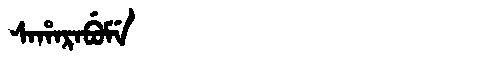
Manchu: ᠰᠠᡥᠠᡵᠠᠪᡠᠮᡝ
Romanization: SAHARABUME